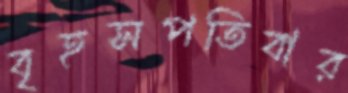
বৃহসপতিবার